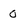
Character: 0